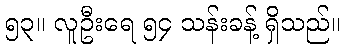
၅၃။ လူဦးရေ ၅၄ သန်းခန့် ရှိသည်။